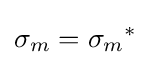
{{\sigma }_{m}}={{\sigma }_{m}}^{*}